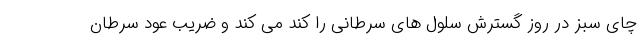
چای سبز در روز گسترش سلول های سرطانی را کند می کند و ضریب عود سرطان